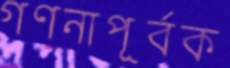
গণনাপূর্বক